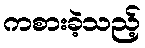
ကစားခဲ့သည့်